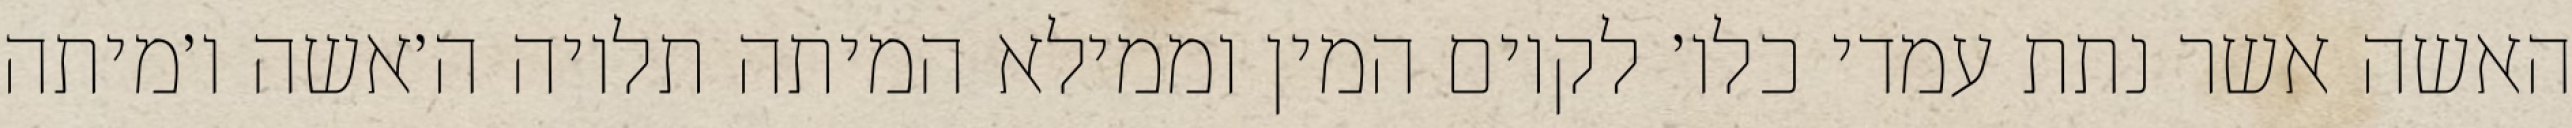
האשה אשר נתת עמדי כלו׳ לקיום המין וממילא המיתה תלויה ה׳אשה ו׳מיתה